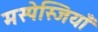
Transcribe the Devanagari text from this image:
मस्पेस्जियाँ